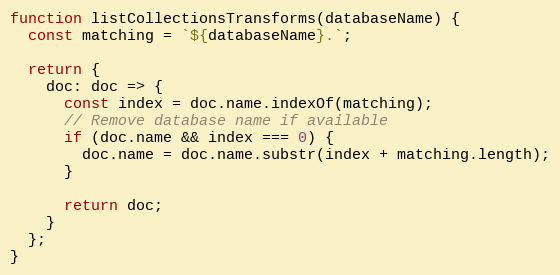
Language: JavaScript
function listCollectionsTransforms(databaseName) {
  const matching = `${databaseName}.`;

  return {
    doc: doc => {
      const index = doc.name.indexOf(matching);
      // Remove database name if available
      if (doc.name && index === 0) {
        doc.name = doc.name.substr(index + matching.length);
      }

      return doc;
    }
  };
}